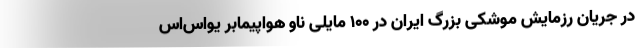
در جریان رزمایش موشکی بزرگ ایران در 100 مایلی ناو هواپیمابر یو‌اس‌اس